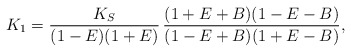
\begin{align*}K_1= \frac{K_S}{(1-E)(1+E)}\,\frac{(1+E+B)(1-E-B)}{(1-E+B)(1+E-B)},\end{align*}